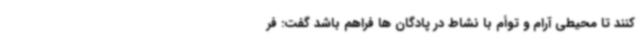
کنند تا محیطی آرام و توأم با نشاط در پادگان ها فراهم باشد گفت: فر